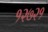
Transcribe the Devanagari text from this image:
१२७२१